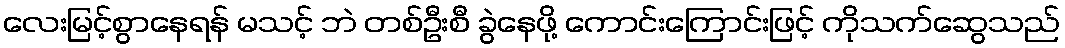
လေးမြင့်စွာနေရန် မသင့် ဘဲ တစ်ဦးစီ ခွဲနေဖို့ ကောင်းကြောင်းဖြင့် ကိုသက်ဆွေသည်